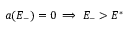
a ( E _ { - } ) = 0 \implies E _ { - } > E ^ { * }